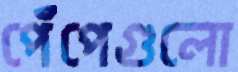
পেঁপেগুলো